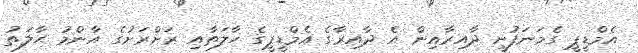
އެމްޑީޕީ ގެމަނަފުށީ ދާއިރާއިން އެ ދާއިރާގެ އެމްޑީޕީގެ ހާލަތާއި ރަށްރަށުގެ އާންމު ޙާލަތު